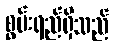
စွမ်းရည်ရှိသည်